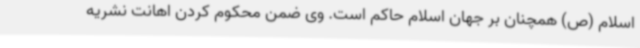
اسلام (ص) همچنان بر جهان اسلام حاکم است. وی ضمن محکوم کردن اهانت نشریه